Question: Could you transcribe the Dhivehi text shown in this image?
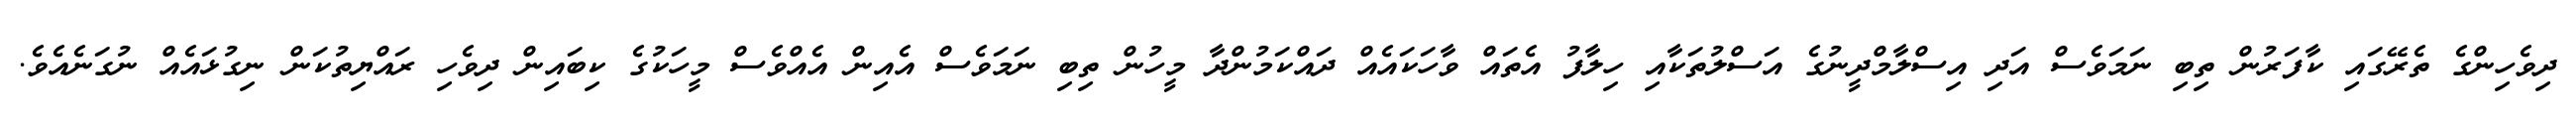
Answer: ދިވެހިންގެ ތެރޭގައި ކާފަރުން ތިބި ނަމަވެސް އަދި އިސްލާމްދީނުގެ އަސްލުތަކާއި ހިލާފު އެތައް ވާހަކައެއް ދައްކަމުންދާ މީހުން ތިބި ނަމަވެސް އެއިން އެއްވެސް މީހަކުގެ ކިބައިން ދިވެހި ރައްޔިތުކަން ނިގުޅައެއް ނުގަނެއެވެ.